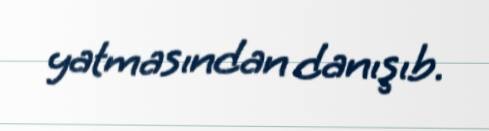
yatmasından danışıb.